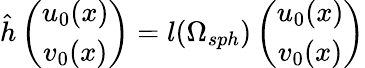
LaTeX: \hat{h}\left(\begin{array}{c}{{u_{0}(x)}}\\ {{v_{0}(x)}}\end{array}\right)=l(\Omega_{sph})\left(\begin{array}{c}{{u_{0}(x)}}\\ {{v_{0}(x)}}\end{array}\right)